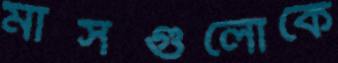
মাসগুলোকে